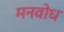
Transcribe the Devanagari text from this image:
मनवोध